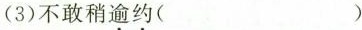
(3)不敢稍\underset{·}{逾}\underset{·}{约}( )